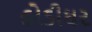
હોડીઘર